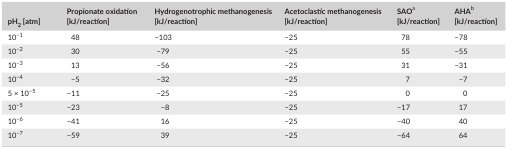
<table><thead><tr><td><b>pH<sub>2</sub> [atm]</b></td><td><b>Propionate oxidation [kJ/reaction]</b></td><td><b>Hydrogenotrophic methanogenesis [kJ/reaction]</b></td><td><b>Acetoclastic methanogenesis [kJ/reaction]</b></td><td><b>SAOa [kJ/reaction]</b></td><td><b>AHAb [kJ/reaction]</b></td></tr></thead><tbody><tr><td>10<sup>−1</sup></td><td>48</td><td>−103</td><td>−25</td><td>78</td><td>−78</td></tr><tr><td>10<sup>−2</sup></td><td>30</td><td>−79</td><td>−25</td><td>55</td><td>−55</td></tr><tr><td>10<sup>−3</sup></td><td>13</td><td>−56</td><td>−25</td><td>31</td><td>−31</td></tr><tr><td>10<sup>−4</sup></td><td>−5</td><td>−32</td><td>−25</td><td>7</td><td>−7</td></tr><tr><td>5 × 10<sup>−5</sup></td><td>−11</td><td>−25</td><td>−25</td><td>0</td><td>0</td></tr><tr><td>10<sup>−5</sup></td><td>−23</td><td>−8</td><td>−25</td><td>−17</td><td>17</td></tr><tr><td>10<sup>−6</sup></td><td>−41</td><td>16</td><td>−25</td><td>−40</td><td>40</td></tr><tr><td>10<sup>−7</sup></td><td>−59</td><td>39</td><td>−25</td><td>−64</td><td>64</td></tr></tbody></table>